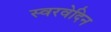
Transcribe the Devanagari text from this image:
स्वरवेदिन